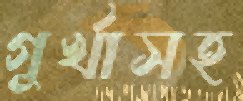
গুর্খাসহ